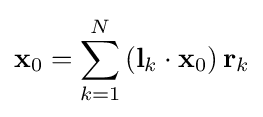
\mathbf {x} _{0}=\sum _{k=1}^{N}\left(\mathbf {l} _{k}\cdot \mathbf {x} _{0}\right)\mathbf {r} _{k}